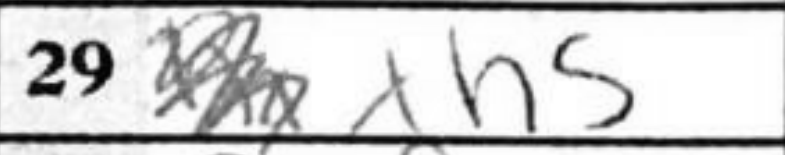
Transcription: xh5